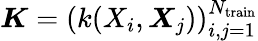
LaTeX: \boldsymbol{K}=\left(k(\boldsymbol{}X_{i},\boldsymbol{X}_{j})\right)_{i,j=1}^{{N}_{\mathrm{train}}}